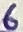
Text: 6